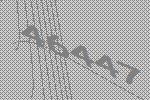
46447